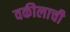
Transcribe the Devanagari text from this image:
वकीलाची